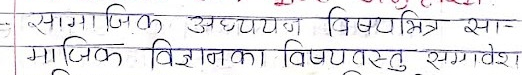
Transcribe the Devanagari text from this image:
सामाजिक अध्ययन विषय भित्र सा-
माजिक विज्ञानका विषयवस्तु संग्राह